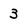
Character: 3